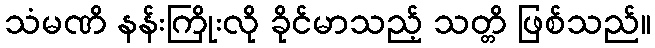
သံမဏိ နန်းကြိုးလို ခိုင်မာသည့် သတ္တိ ဖြစ်သည်။